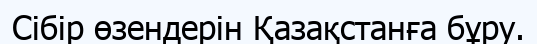
Сібір өзендерін Қазақстанға бұру.